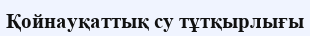
Қойнауқаттық су тұтқырлығы